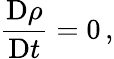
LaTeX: {\frac{\mathrm{D}\rho}{\mathrm{D}t}}=0\, ,